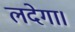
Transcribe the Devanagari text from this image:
लदेगा।